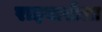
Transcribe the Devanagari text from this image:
राइवारोला